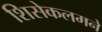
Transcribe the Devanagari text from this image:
शिसेकलमने